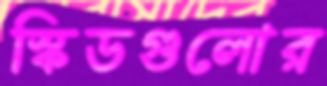
স্কিডগুলোর